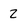
Character: 2